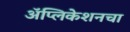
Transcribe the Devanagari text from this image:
अॅप्लिकेशनचा